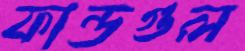
ফান্ডগুল